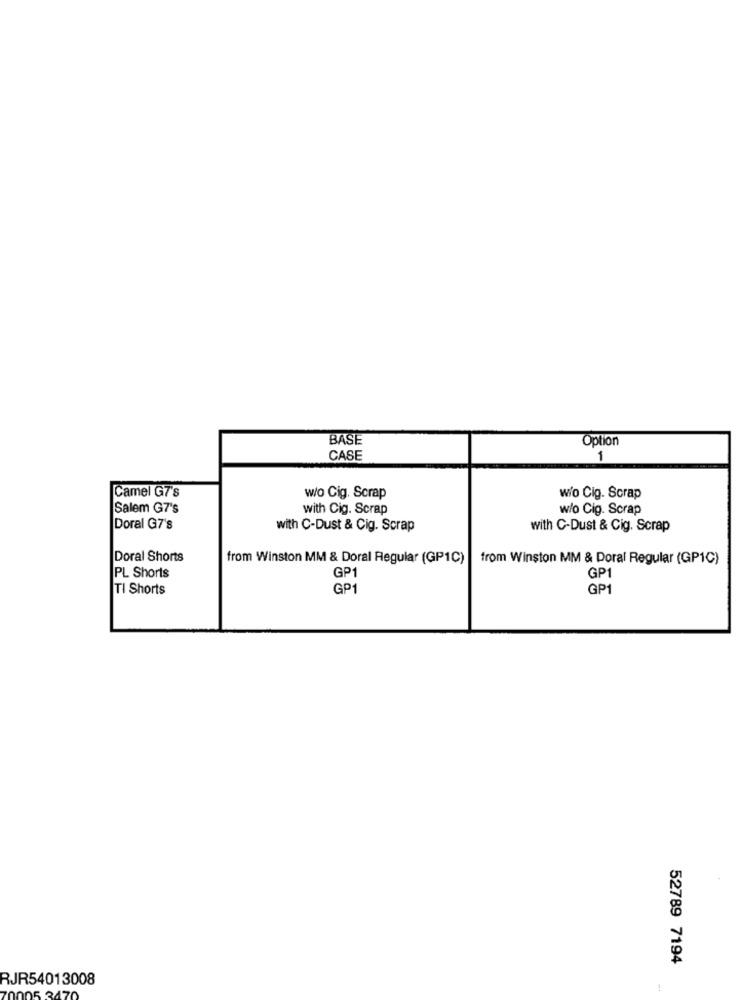
BASE
Option
CASE
1
Camel G7's
w/o Cig. Scrap
wio Cig. Scrap
Salem G7's
with Cig. Scrap
w/o Cig. Scrap
Doral G7's
with C-Dust & Cig. Scrap
with C-Dust & Cig. Scrap
Doral Shorts
from Winston MM & Doral Regular (GP1C)
from Winston MM & Doral Regular (GP1C)
PL Shorts
GP1
GP1
TI Shorts
GP1
GP1
52789 7194
RJR54013008
34